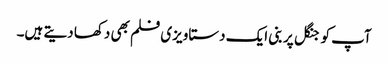
آپ کو جنگل پر بنی ایک دستاویزی فلم بھی دکھا دیتے ہیں۔